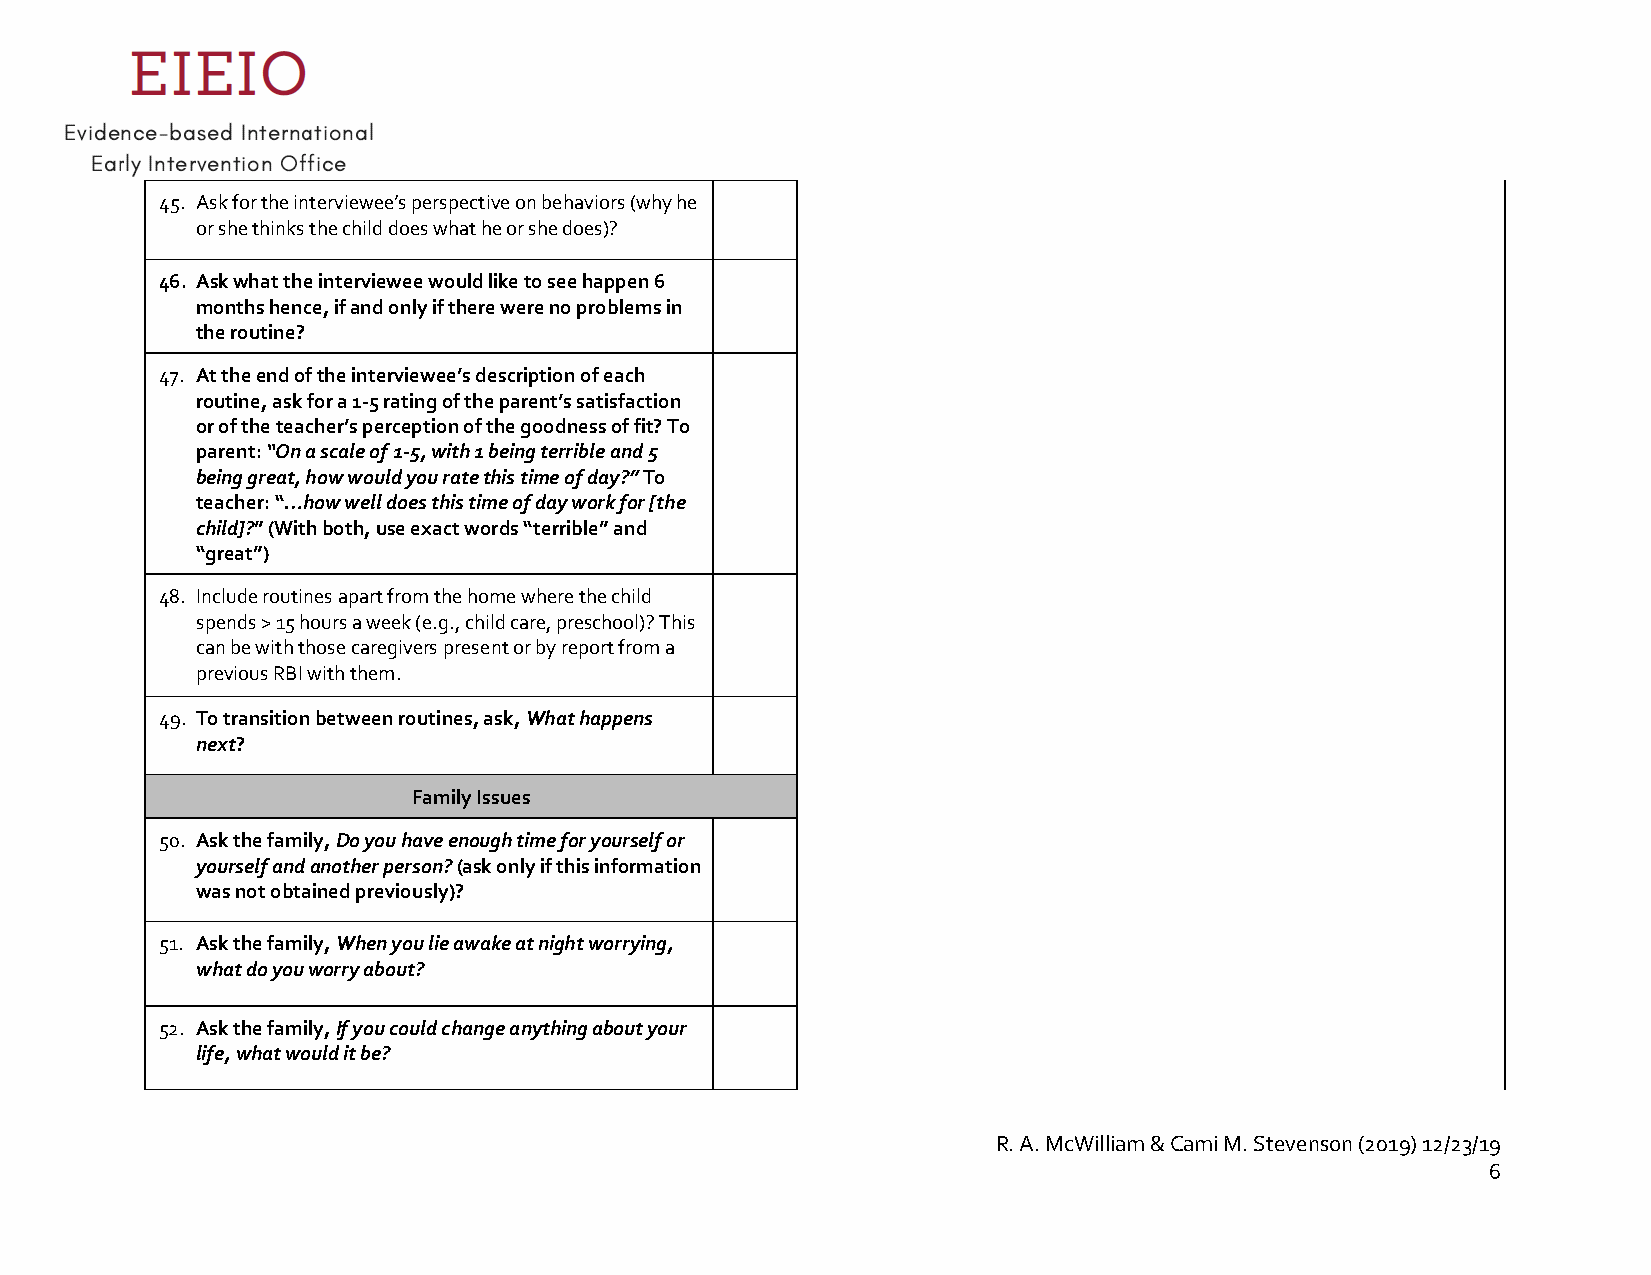
45. Ask for the interviewee’s perspective on behaviors (why he
 or she thinks the child does what he or she does)?
 46. Ask what the interviewee would like to see happen 6
 months hence, if and only if there were no problems in
 the routine?
 47. At the end of the interviewee’s description of each
 routine, ask for a 1-5 rating of the parent’s satisfaction
 or of the teacher’s perception of the goodness of fit? To
 parent: “On a scale of 1-5, with 1 being terrible and 5
 being great, how would you rate this time of day?” To
 teacher: “…how well does this time of day work for [the
 child]?” (With both, use exact words “terrible” and
 “great”)
 48. Include routines apart from the home where the child
 spends > 15 hours a week (e.g., child care, preschool)? This
 can be with those caregivers present or by report from a
 previous RBI with them.
 49. To transition between routines, ask, What happens
 next?
 Family Issues
 50. Ask the family, Do you have enough time for yourself or
 yourself and another person? (ask only if this information
 was not obtained previously)?
 51. Ask the family, When you lie awake at night worrying,
 what do you worry about?
 52. Ask the family, If you could change anything about your
 life, what would it be?
 R. A. McWilliam & Cami M. Stevenson (2019) 12/23/19
 6